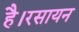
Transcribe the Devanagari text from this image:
है।रसायन